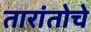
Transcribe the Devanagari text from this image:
तारांतोचे